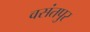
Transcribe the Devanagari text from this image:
वसंतपुर